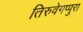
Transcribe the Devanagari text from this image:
तिरुवेगप्पुरा